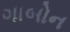
ગાબોન